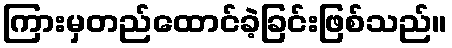
ကြားမှတည်ထောင်ခဲ့ခြင်းဖြစ်သည်။